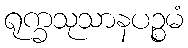
ရုက္ခသုသာနပဉ္စမံ